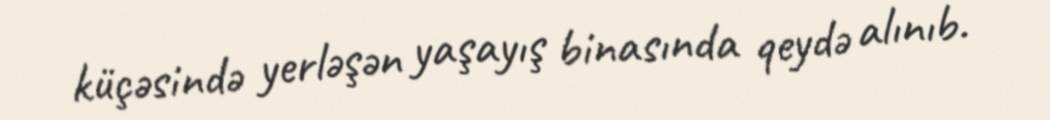
küçəsində yerləşən yaşayış binasında qeydə alınıb.